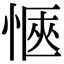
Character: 愜